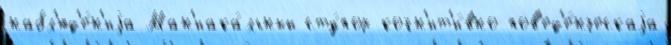
набл'юд'е́н'иjа Ман'иака́льный сту́пор когн'ит'и́вно-пов'ед'е́нческаjа